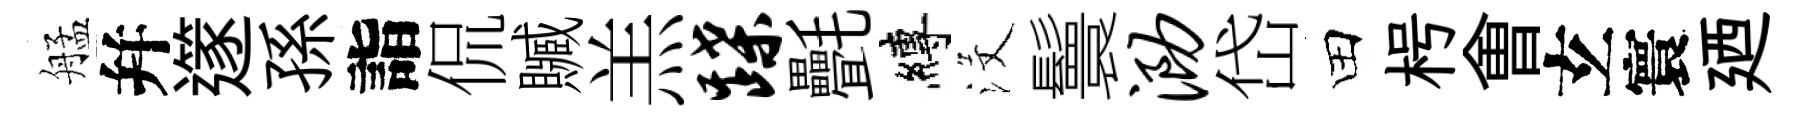
艋幷𨗹孫詣侃贓羔蹀㲲縛沒鬟泐岱田枵㑹𤣥寰廼